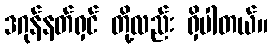
ဒဂုန်နတ်ရှင် တို့လည်း ရှိပါတယ်။